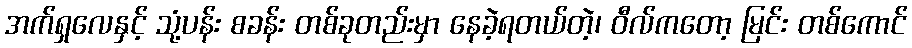
အက်ရှလေနှင့် သုံ့ပန်း စခန်း တစ်ခုတည်းမှာ နေခဲ့ရတယ်တဲ့၊ ဝီလ်ကတော့ မြင်း တစ်ကောင်